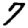
Digit: 7